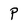
Character: p